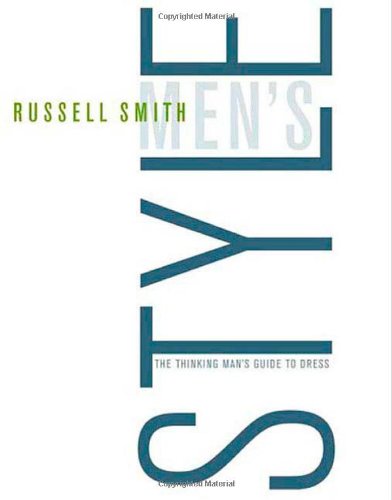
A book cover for Men's Style: The Thinking Man's Guide to Dress; Russell Smith; Health, Fitness & Dieting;